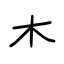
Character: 木